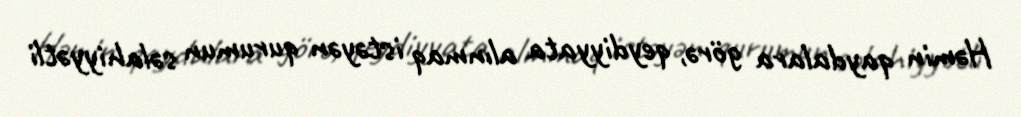
Həmin qaydalara görə, qeydiyyata alınmaq istəyən qurumun səlahiyyətli